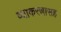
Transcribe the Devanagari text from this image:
व्याकरणासह